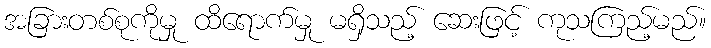
အခြားတစ်စုကိုမှု ထိရောက်မှု မရှိသည့် ဆေးဖြင့် ကုသကြည့်မည်။